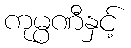
ကုမ္ပဏီနှင့်